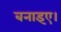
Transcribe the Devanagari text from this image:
बनाइए।